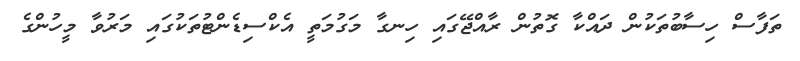
ތަފާސް ހިސާބުތަކުން ދައްކާ ގޮތުން ރާއްޖޭގައި ހިނގާ މަގުމަތީ އެކްސިޑެންޓުތަކުގައި މަރުވާ މީހުންގެ